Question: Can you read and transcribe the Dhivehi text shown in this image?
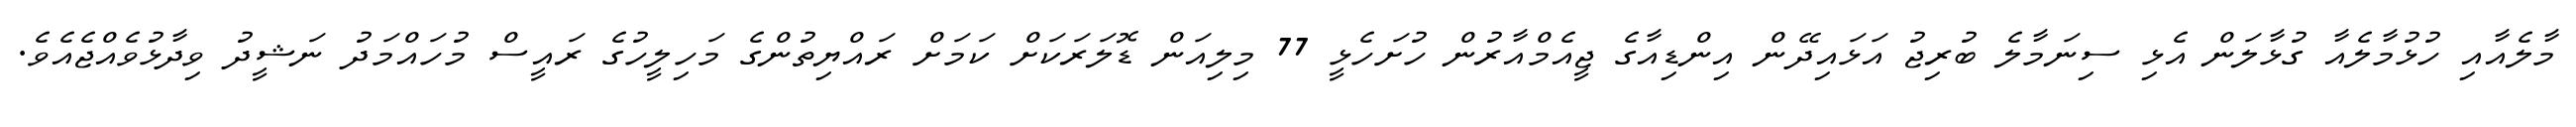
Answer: މާލެއާއި ހުޅުމާލެއާ ގުޅާލަން އެޅި ސިނަމާލެ ބުރިޖު އަޅައިދޭން އިންޑިއާގެ ޖީއެމްއާރުން ހުށަހެޅީ 77 މިލިއަން ޑޮލަރަކަށް ކަމަށް ރައްޔިތުންގެ މަހިލީހުގެ ރައީސް މުހައްމަދު ނަޝީދު ވިދާޅުވެއްޖެއެވެ.